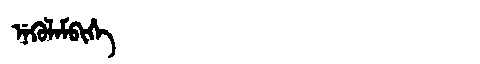
Manchu: ᠨᡝᡴᡠᠯᠠᠮᠪᡳᡥᡝ
Romanization: NEKULAMBIHE